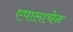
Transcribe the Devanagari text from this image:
एपालाचेन